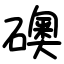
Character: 礇